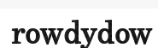
rowdydow